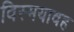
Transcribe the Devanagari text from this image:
विस्मयावह